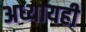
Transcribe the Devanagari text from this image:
अध्यायही